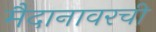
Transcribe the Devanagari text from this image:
मैदानावरची